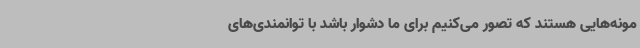
مونه‌هایی هستند که تصور می‌کنیم برای ما دشوار باشد با توانمندی‌های